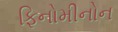
ફિનોમીનોન